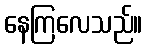
နေကြလေသည်။